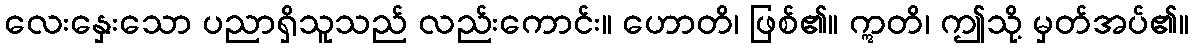
လေးနှေးသော ပညာရှိသူသည် လည်းကောင်း။ ဟောတိ၊ ဖြစ်၏။ ဣတိ၊ ဤသို့ မှတ်အပ်၏။